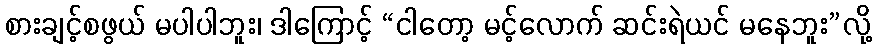
စားချင့်စဖွယ် မပါပါဘူး၊ ဒါကြောင့် “ငါတော့ မင့်လောက် ဆင်းရဲယင် မနေဘူး”လို့